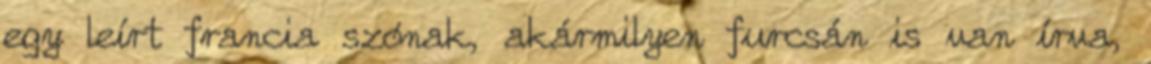
egy leírt francia szónak, akármilyen furcsán is van írva,